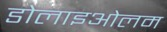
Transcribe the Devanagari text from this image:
डोलाइओलम